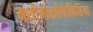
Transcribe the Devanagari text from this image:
मशीनोस्त्रोयेनिशिया